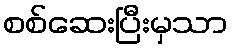
စစ်ဆေးပြီးမှသာ